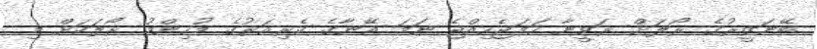
ބޭނަޒީރުގެ ރޯލަށް ރަވީނާ ހަމަޖެހިއްޖެ ނަމަ އޭނާގެ ކެރިއަރުގެ މުހިންމު ރޯލަކަށް މި